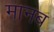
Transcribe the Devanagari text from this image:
मानब